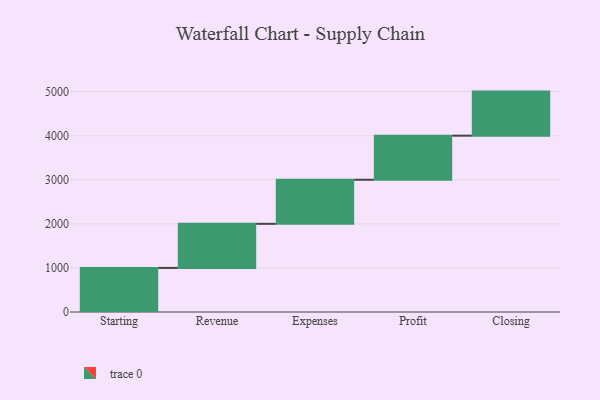
{"axis": {"x": "Step", "y": "Value"}, "legend": [""], "data": [{"x": "Starting", "y": 1000, "type": ""}, {"x": "Revenue", "y": 1000, "type": ""}, {"x": "Expenses", "y": 1000, "type": ""}, {"x": "Profit", "y": 1000, "type": ""}, {"x": "Closing", "y": 1000, "type": ""}]}